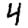
Digit: 4